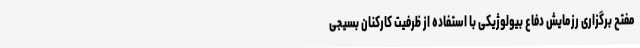
مفتح برگزاری رزمایش دفاع بیولوژیکی با استفاده از ظرفیت کارکنان بسیجی